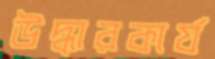
উদ্ধারকার্য